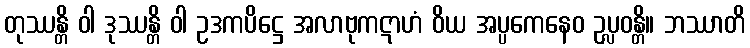
တုဿန္တိ ဝါ ဒုဿန္တိ ဝါ ဥဒကပိဋ္ဌေ အလာဗုကဋာဟံ ဝိယ အပ္ပကေနေဝ ဥပ္လဝန္တိ။ ဘဿာတိ